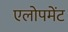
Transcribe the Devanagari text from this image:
एलोपमेंट